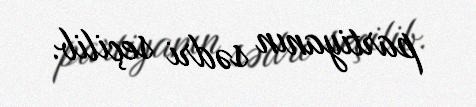
partiyanın sədri seçilib.